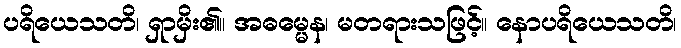
ပရိယေသတိ၊ ရှာမှိး၏။ အဓမ္မေန၊ မတရားသဖြင့်။ နောပရိယေသတိ၊